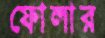
ফোলার